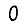
Digit: 0